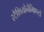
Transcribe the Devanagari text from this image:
स्टैशियोनैमिएन्टो